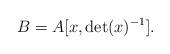
LaTeX: \begin{align*}B=A[x,\det(x)^{-1}].\end{align*}